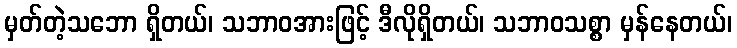
မှတ်တဲ့သဘော ရှိတယ်၊ သဘာဝအားဖြင့် ဒီလိုရှိတယ်၊ သဘာဝသစ္စာ မှန်နေတယ်၊